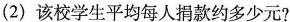
(2)该校学生平均每人捐款约多少元?